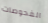
الفحوصات